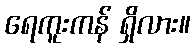
ရေကူးကန် ရှိလား။